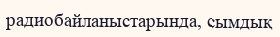
радиобайланыстарында, сымдық